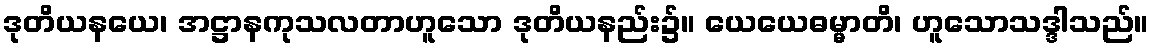
ဒုတိယနယေ၊ အဋ္ဌာနကုသလတာဟူသော ဒုတိယနည်း၌။ ယေယေဓမ္မာတိ၊ ဟူသောသဒ္ဒါသည်။